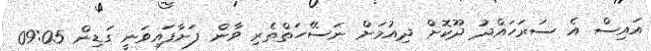
އައިސް އެ ސަރަހައްދު ދޫކޮށް ދިއުމަށް ނަސޭހަތްތެރި ވާން ފަށާފައިވަނީ ގަޑިން 09:05